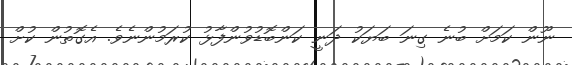
ނޫން ކަމަށް ބުނެ ގިނަ ބަޔަކު ދަނީ ކަންބޮޑުވުންފާޅު ކުރަމުންނެވެ. އެގޮތުން ކުށް